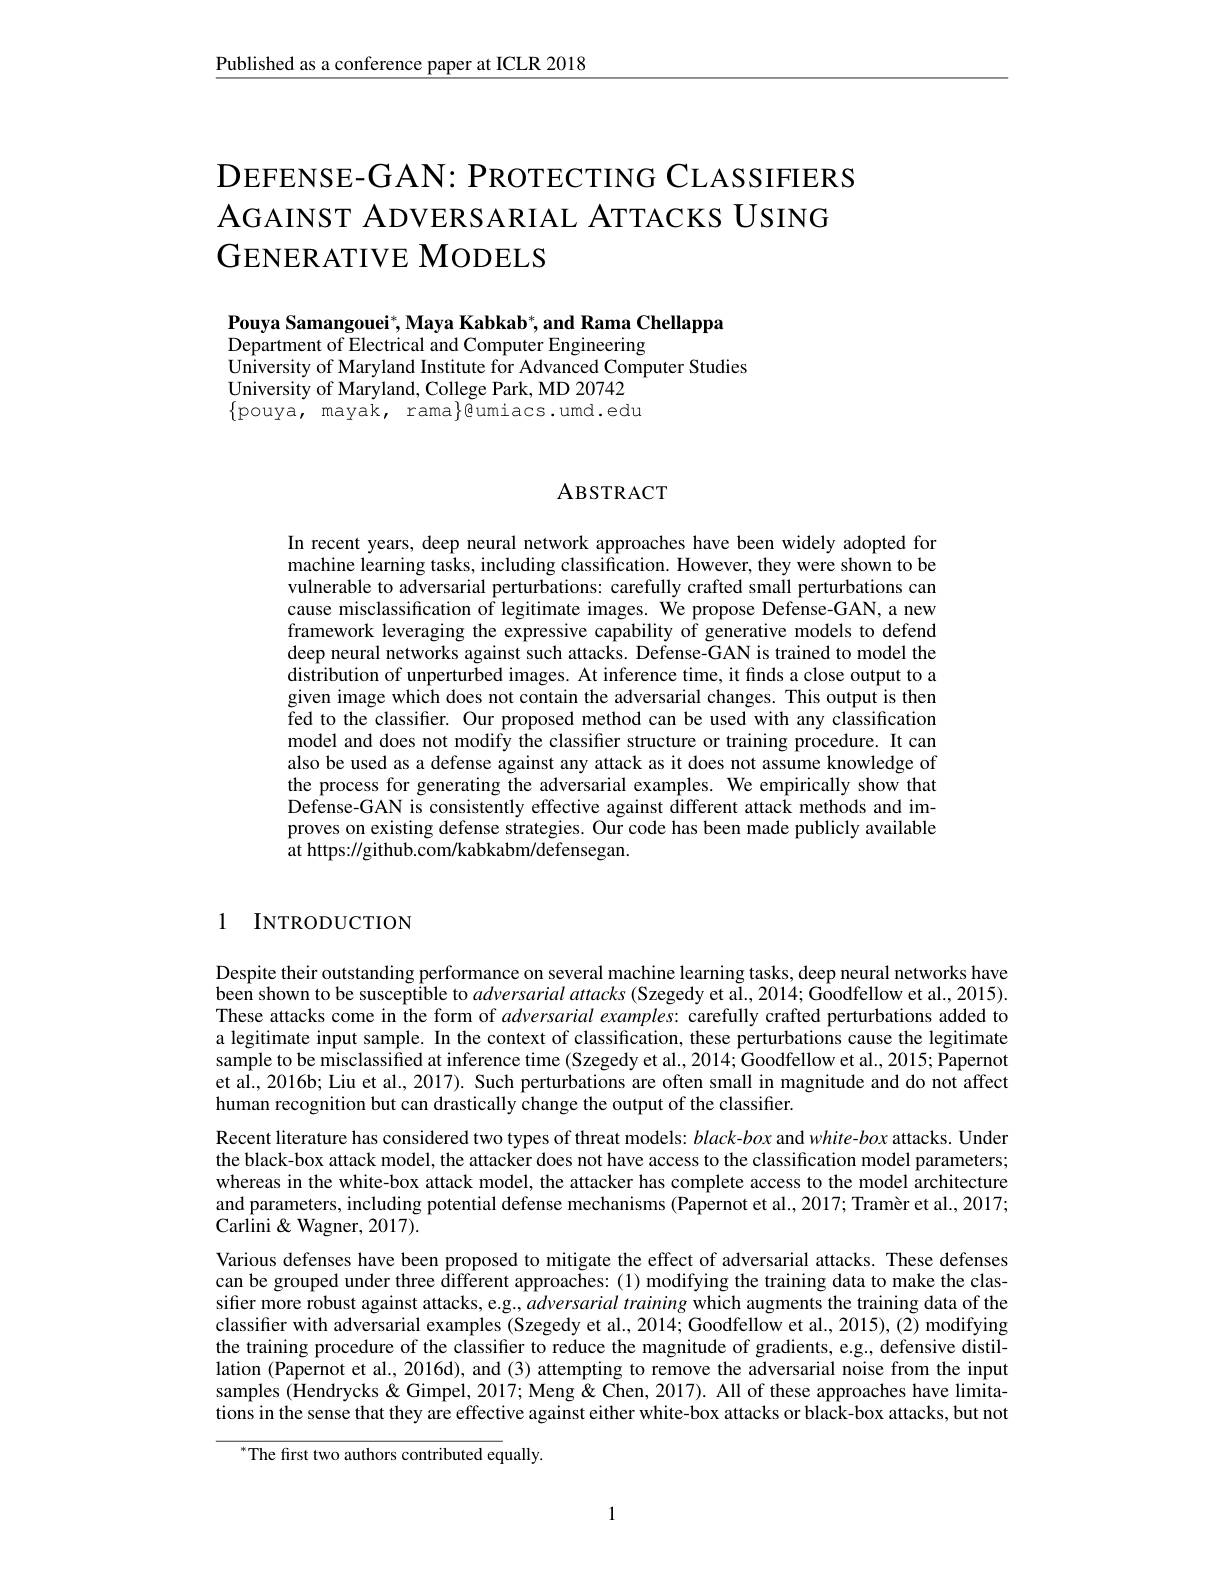
Published as a conference paper at ICLR 2018

DEFENSE- GAN: PROTECTING CLASSIFIERS
AGAINST ADVERSARIAL ATTACKS USING
GENERATIVE MODELS

Pouya Samangouei$^*$,Maya Kabkab$^*$,and Rama Chellappa
Department of Electrical and Computer Engineering
University of Maryland Institute for Advanced Computer Studies
University of Maryland, College Park, MD 20742 $\{$pouya, mayak, rama$\}$eumiacs.umd.edu

# ABSTRACT

In recent years, deep neural network approaches have been widely adopted for machine learning tasks, including classification. However, they were shown to be vulnerable to adversarial perturbations: carefully crafted small perturbations can cause misclassification of legitimate images. We propose Defense-GAN, a new framework leveraging the expressive capability of generative models to defend deep neural networks against such attacks. Defense-GAN is trained to model the $\hat{\text{distribution of unperturbed images. At inference time, it finds a close output to a}}$ given image which does not contain the adversarial changes. This output is then fed to the classifier. Our proposed method can be used with any classification model and does not modify the classifier structure or training procedure. It can also be used as a defense against any attack as it does not assume knowledge of the process for generating the adversarial examples. We empirically show that Defense-GAN is consistently effective against different attack methods and improves on existing defense strategies. Our code has been made publicly available at https: / / github. com/ kabkabm/ defensegan.

1 INTRODUCTION

Despite their outstanding performance on several machine learning tasks, deep neural networks have been shown to be susceptible to adversarial attacks (Szegedy et al., 2014; Goodfellow et al., 2015). These attacks come in the form of adversarial examples: carefully crafted perturbations added to a legitimate input sample. In the context of classification, these perturbations cause the legitimate sample to be misclassified at inference time (Szegedy et al., 2014; Goodfellow et al., 2015; Papernot et al., 2016b; Liu et al., 2017). Such perturbations are often small in magnitude and do not affect human recognition but can drastically change the output of the classifier.
Recent literature has considered two types of threat models: $black-box$ and white-box attacks. Under the black-box attack model, the attacker does not have access to the classification model parameters; whereas in the white-box attack model, the attacker has complete access to the model architecture and parameters, including potential defense mechanisms (Papernot et al., 2017; Tramèr et al., 2017; Carlini& Wagner, 2017).
Various defenses have been proposed to mitigate the effect of adversarial attacks. These defenses can be grouped under three different approaches:(1) modifying the training data to make the classiffer more robust against attacks, e.g., $adversarial\textit{training which augments the training data of the}$ classifier with adversarial examples (Szegedy et al., 2014; Goodfellow et al., 2015), (2) modifying the training procedure of the classifier to reduce the magnitude of gradients, e.g, defensive distillation (Papernot et al., 2016d), and (3) attempting to remove the adversarial noise from the input samples (Hendrycks& Gimpel, 2017; Meng & Chen, 2017). All of these approaches have limitations in the sense that they are effective against either white-box attacks or black-box attacks, but not
$^*$The first two authors contributed equally.

1